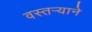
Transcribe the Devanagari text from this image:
वस्तर्‍याने